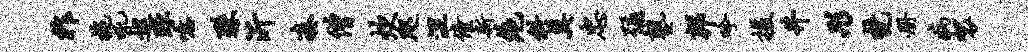
祚拖吼巡琢噫殊沂凑僧炊咫涅僮新绝斜莫忠弥塾邦吟援井彤梵册病袈